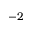
- 2